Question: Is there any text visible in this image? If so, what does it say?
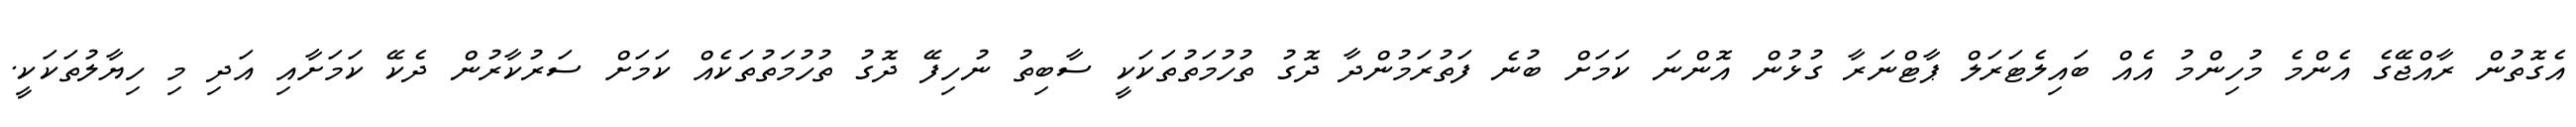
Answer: އެގޮތުން ރާއްޖޭގެ އެންމެ މުހިންމު އެއް ބައިލެޓަރަލް ޕާޓްނަރާ ގުޅުން އޮންނަ ކަމަށް ބުނެ ފަތުރަމުންދާ ދޮގު ތުހުމަތުތަކަކީ ސާބިތު ނުހިފޭ ދޮގު ތުހުމަތުތަކެއް ކަމަށް ސަރުކާރުން ދެކޭ ކަމަށާއި އަދި މި ހިޔާލުތަކަކީ.